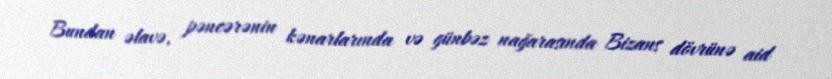
Bundan əlavə, pəncərənin kənarlarında və günbəz nağarasında Bizans dövrünə aid